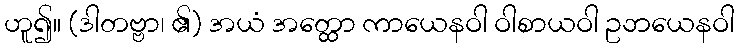
ဟူ၍။ (ဒါတဗ္ဗာ၊ ၏) အယံ အတ္ထော ကာယေနဝါ ဝါစာယဝါ ဥဘယေနဝါ